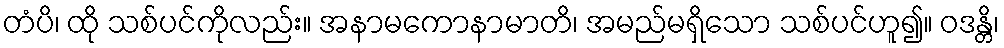
တံပိ၊ ထို သစ်ပင်ကိုလည်း။ အနာမကောနာမာတိ၊ အမည်မရှိသော သစ်ပင်ဟူ၍။ ဝဒန္တိ၊